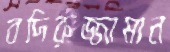
বদিরুজ্জামান